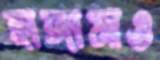
হাঙ্গামাও